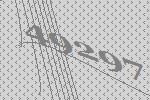
49297